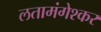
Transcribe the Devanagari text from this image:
लतामंगेश्कर